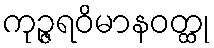
ကုဉ္ဇရဝိမာနဝတ္ထု